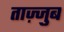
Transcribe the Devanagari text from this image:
ताज़्जुब